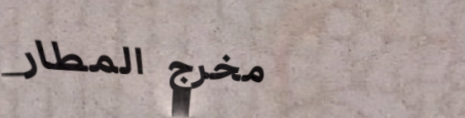
مخرج المطار